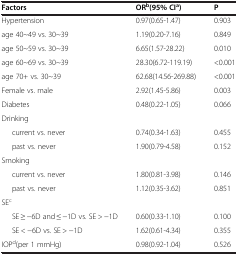
<table><thead><tr><td><b>Factors</b></td><td><b>OR<sup>b</sup>(95% CI<sup>a</sup>)</b></td><td><b>P</b></td></tr></thead><tbody><tr><td>Hypertension</td><td>0.97(0.65-1.47)</td><td>0.903</td></tr><tr><td>age 40~49 vs. 30~39</td><td>1.19(0.20-7.16)</td><td>0.849</td></tr><tr><td>age 50~59 vs. 30~39</td><td>6.65(1.57-28.22)</td><td>0.010</td></tr><tr><td>age 60~69 vs. 30~39</td><td>28.30(6.72-119.19)</td><td>&lt;0.001</td></tr><tr><td>age 70+ vs. 30~39</td><td>62.68(14.56-269.88)</td><td>&lt;0.001</td></tr><tr><td>Female vs. male</td><td>2.92(1.45-5.86)</td><td>0.003</td></tr><tr><td>Diabetes</td><td>0.48(0.22-1.05)</td><td>0.066</td></tr><tr><td>Drinking</td><td> </td><td> </td></tr><tr><td>current vs. never</td><td>0.74(0.34-1.63)</td><td>0.455</td></tr><tr><td>past vs. never</td><td>1.90(0.79-4.58)</td><td>0.152</td></tr><tr><td>Smoking</td><td> </td><td> </td></tr><tr><td>current vs. never</td><td>1.80(0.81-3.98)</td><td>0.146</td></tr><tr><td>past vs. never</td><td>1.12(0.35-3.62)</td><td>0.851</td></tr><tr><td>SE<sup>c</sup></td><td> </td><td> </td></tr><tr><td>SE ≥ -6D and ≤ -1D vs. SE &gt; -1D</td><td>0.60(0.33-1.10)</td><td>0.100</td></tr><tr><td>SE &lt; -6D vs. SE &gt; -1D</td><td>1.62(0.61-4.34)</td><td>0.355</td></tr><tr><td>IOP<sup>d</sup>(per 1 mmHg)</td><td>0.98(0.92-1.04)</td><td>0.526</td></tr></tbody></table>